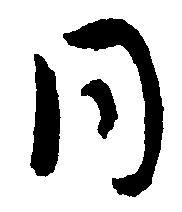
同